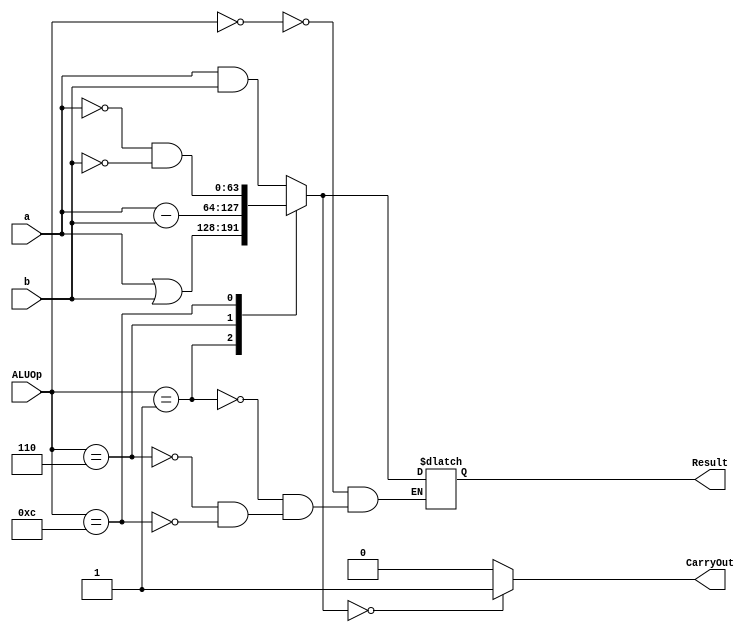
// exercise
module exercise(
	input [63:0] a,b,
	input [3:0] ALUOp,
	output reg [63:0] Result,
	output reg CarryOut 
);

always @ (a or b or ALUOp)
begin
	case(ALUOp)
	4'b0000:
		Result = a & b;
	4'b0001:
		Result = a | b;
	4'b0110:
		Result = a - b;
	4'b1100:
		Result = ~a & ~b;
	endcase

	if (Result == 0)
		CarryOut = 1;
	else
		CarryOut = 0;
end
endmodule